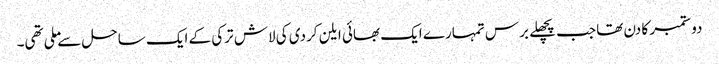
دو ستمبر کا دن تھا جب پچھلے برس تمہارے ایک بھائی ایلن کردی کی لاش ترکی کے ایک ساحل سے ملی تھی۔